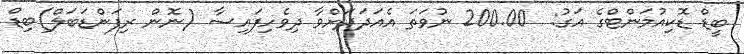
ބީޑް ޑޮކިއުމަންޓްގެ އަގު:  200.00 ނުވަތަ އެއަދަދަށްވާ ދިވެހިފައިސާ (ނޮން ރިފަންޑަބަލް)ބިޑް